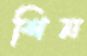
শিন